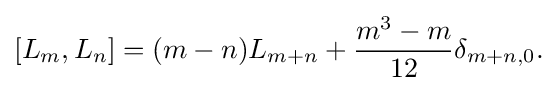
{[L_{m},L_{n}]=(m-n)L_{m+n}+{m^{3}-m \over 12}\delta _{m+n,0}.}